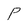
Character: p